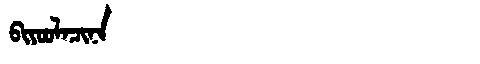
Manchu: ᠪᡳᠶᠣᠣᠯᠠᠴᡳᠨᠠ
Romanization: BIYOOLACINA